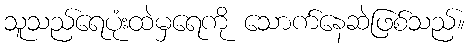
သူသည်ရေပုံးထဲမှရေကို သောက်နေဆဲဖြစ်သည်။